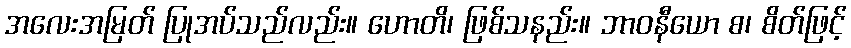
အလေးအမြတ် ပြုအပ်သည်လည်း။ ဟောတိ၊ ဖြစ်သနည်း။ ဘာဝနီယော စ၊ စိတ်ဖြင့်